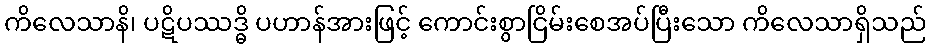
ကိလေသာနိ၊ ပဋိပဿဒ္ဓိ ပဟာန်အားဖြင့် ကောင်းစွာငြိမ်းစေအပ်ပြီးသော ကိလေသာရှိသည်